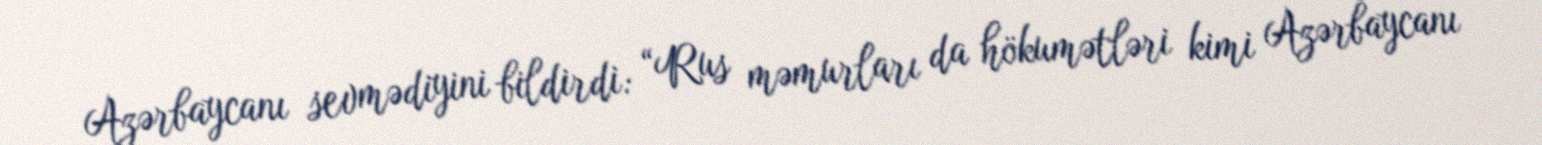
Azərbaycanı sevmədiyini bildirdi: “Rus məmurları da hökumətləri kimi Azərbaycanı